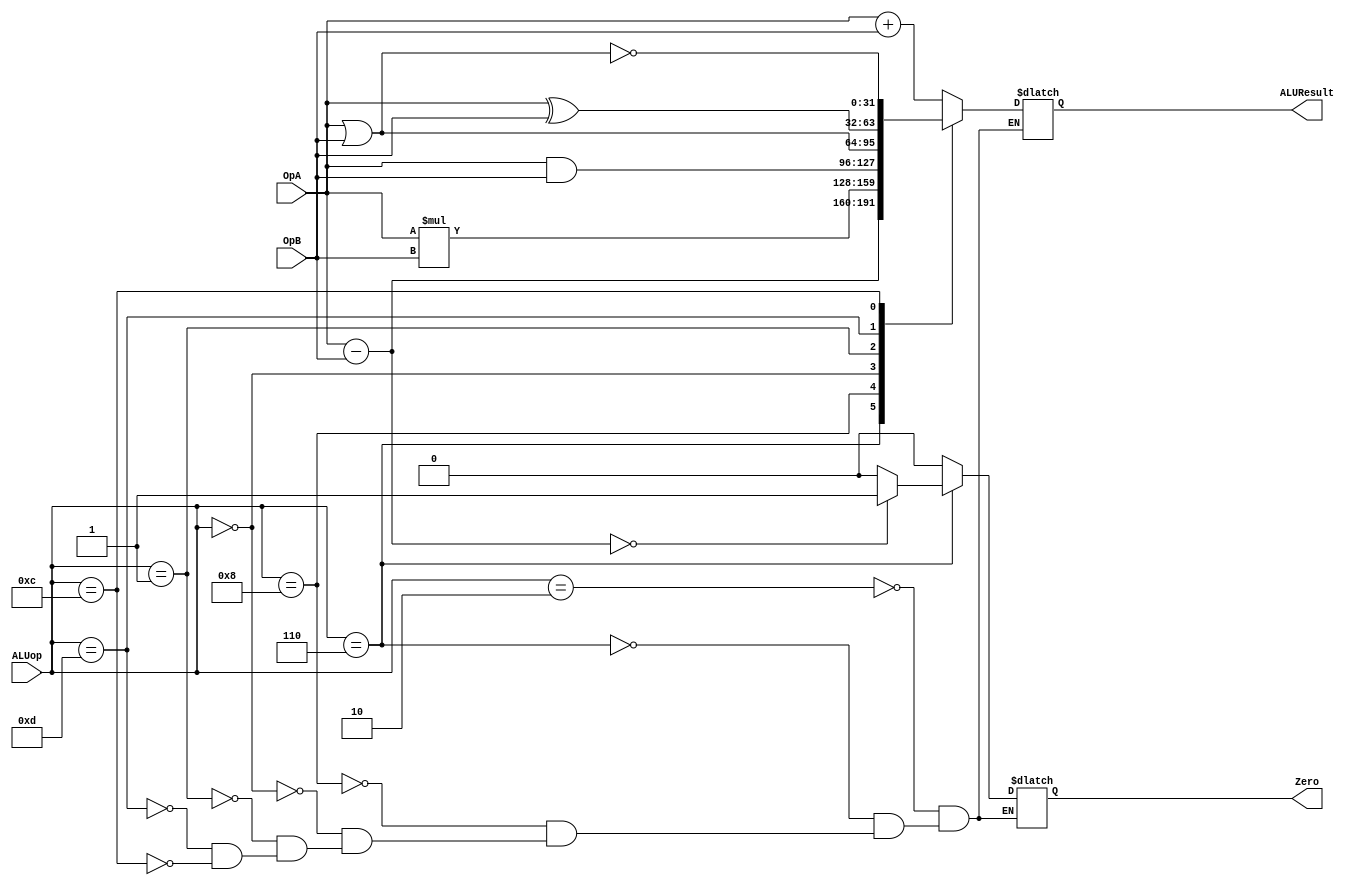
module ALU(
input [3:0] ALUop,
input [31:0] OpA, OpB,
output wire [31:0] ALUResult,
output Zero
);

/*
assign out = (ALUop == 4'b0010) ? a+b : a+b;
assign out = ((ALUop == 4'b0110) ? a-b : a-b);
assign out = ((ALUop == 4'b1000) ? a*b : 32'd0);

assign out = ALUop == 4'b0010 ? a+b : ((ALUop == 4'b0110) ? a-b : 
((ALUop == 4'b1000) ? a*b : 32'd0));

//assign out = a + b;
*/
reg [31:0] temp;
reg ZeroFlag;

assign ALUResult = temp;
assign Zero = ZeroFlag; // 빼서 0이면 둘은 같다

always @(*) begin
case (ALUop)
	4'b0010: begin
		temp = OpA + OpB;
		ZeroFlag = 0;
		end
	4'b0110: begin
		temp = OpA - OpB;
		if(temp == 0) // 두 입력 값이 같으면
			ZeroFlag = 1; //ZeroFlag에 1을 대입->PCSrc 입력 값
		else
			ZeroFlag = 0; //두 입력 값이 다르면 ZeroFlag에 0을 대입
		end
	4'b1000: begin
		temp = OpA * OpB;
		ZeroFlag = 0;
		end
	4'b0000: begin // AND
		temp = OpA & OpB; //bitwise AND
		ZeroFlag = 0;
		end
	4'b0001: begin // OR
		temp = OpA | OpB; //bitwise OR
		ZeroFlag = 0;
		end	
	4'b1101: begin // XOR
		temp = OpA ^ OpB; //bitwise XOR
		ZeroFlag = 0;
		end	
	4'b1100: begin // NOR
		temp = ~(OpA | OpB); //bitwise NOR
		ZeroFlag = 0;
		end
endcase
end
endmodule